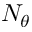
N _ { \theta }